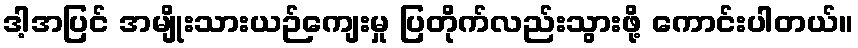
ဒါ့အပြင် အမျိုးသားယဉ်ကျေးမှု ပြတိုက်လည်းသွားဖို့ ကောင်းပါတယ်။